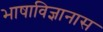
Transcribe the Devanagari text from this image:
भाषाविज्ञानास